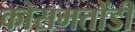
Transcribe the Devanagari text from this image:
कोसमतोंडी